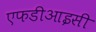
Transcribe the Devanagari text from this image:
एफडीआइसी